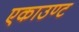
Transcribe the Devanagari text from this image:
एकाउण्ट